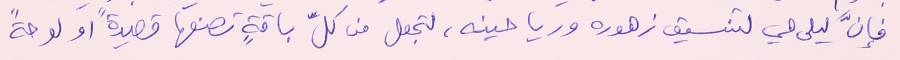
فإنَّ ليلى هي لتنسيق زهوره ورياحينه، لتجعل من كلِّ باقةٍ تصنعها قصيدةً او لوحةً